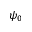
\psi _ { 0 }